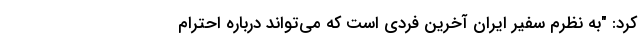
کرد: "به نظرم سفیر ایران آخرین فردی است که می‌تواند درباره احترام